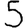
Digit: 5